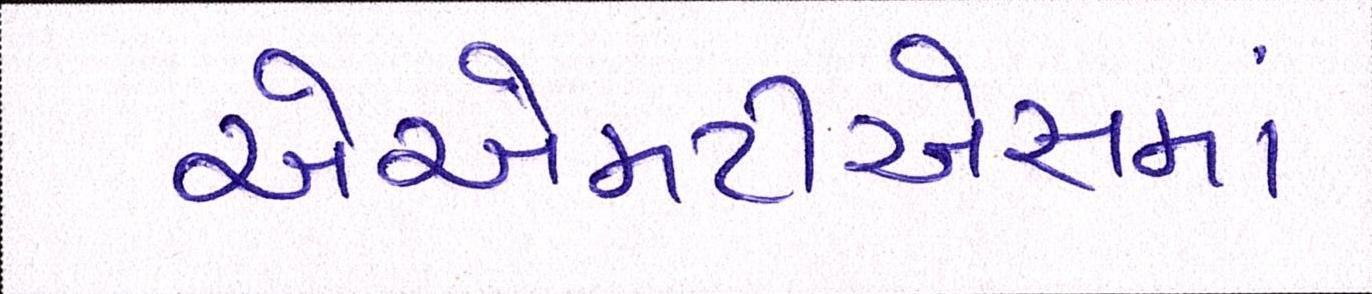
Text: એએમટીએસમાં